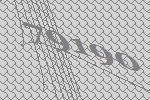
79190